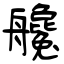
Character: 艬